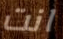
انت